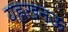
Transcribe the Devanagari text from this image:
यह्लखनऊ